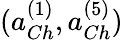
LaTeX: (a_{Ch}^{(1)},a_{Ch}^{(5)})